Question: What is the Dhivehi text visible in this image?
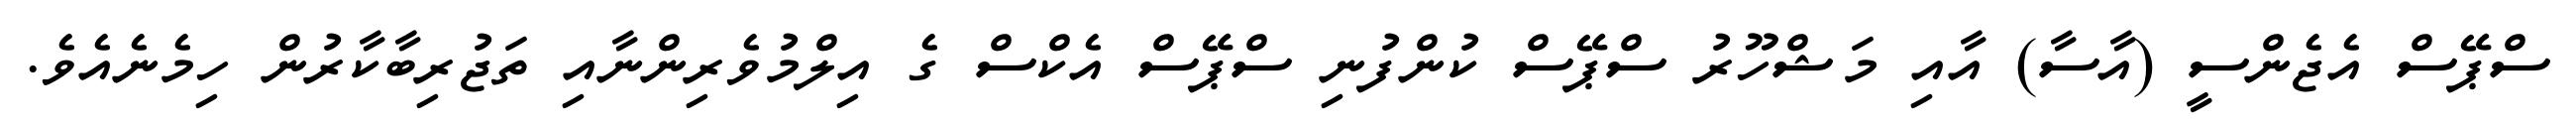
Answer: ސްޕޭސް އެޖެންސީ (އާސާ) އާއި މަޝްހޫރު ސްޕޭސް ކުންފުނި ސްޕޭސް އެކްސް ގެ އިލްމުވެރިންނާއި ތަޖުރިބާކާރުން ހިމެނެއެވެ.